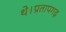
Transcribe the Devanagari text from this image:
थे।प्रतापगढ़